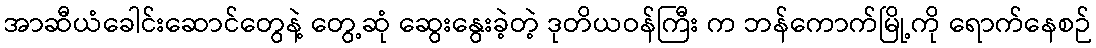
အာဆီယံခေါင်းဆောင်တွေနဲ့ တွေ့ဆုံ ဆွေးနွေးခဲ့တဲ့ ဒုတိယဝန်ကြီး က ဘန်ကောက်မြို့ကို ရောက်နေစဉ်